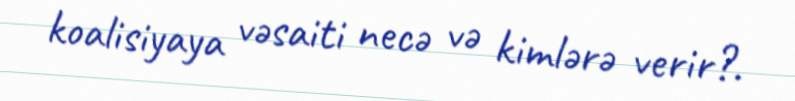
koalisiyaya vəsaiti necə və kimlərə verir?.